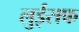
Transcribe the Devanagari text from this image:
लुईसफ